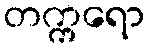
တက္ကရော